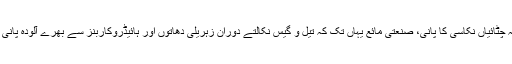
کسی گدے کی طرح پودوں سے بھری یہ چٹائیاں نکاسی کا پانی، صنعتی مائع یہاں تک کہ تیل و گیس نکالتے دوران زہریلی دھاتوں اور ہائیڈروکاربنز سے بھرے آلودہ پانی کے گڑھوں کو بھی صاف کرسکتی ہے۔